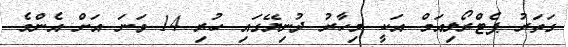
ގަތަރު ޕެޓްރޯލިއަމް އަކީ މިހާރު ދުނިޔޭގައި ހުރި 14 ވަނަ އަށް އެންމެ